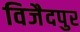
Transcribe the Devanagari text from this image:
विजैदपुर